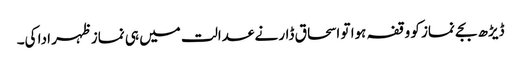
ڈیڑھ بجے نماز کو وقفہ ہوا تو اسحاق ڈار نے عدالت میں ہی نماز ظہر ادا کی۔